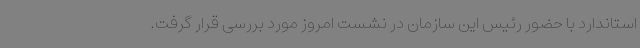
استاندارد با حضور رئیس این سازمان در نشست امروز مورد بررسی قرار گرفت.